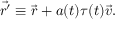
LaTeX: \vec { r ^ { \prime } } \equiv \vec { r } + a ( t ) \tau ( t ) \vec { v } .